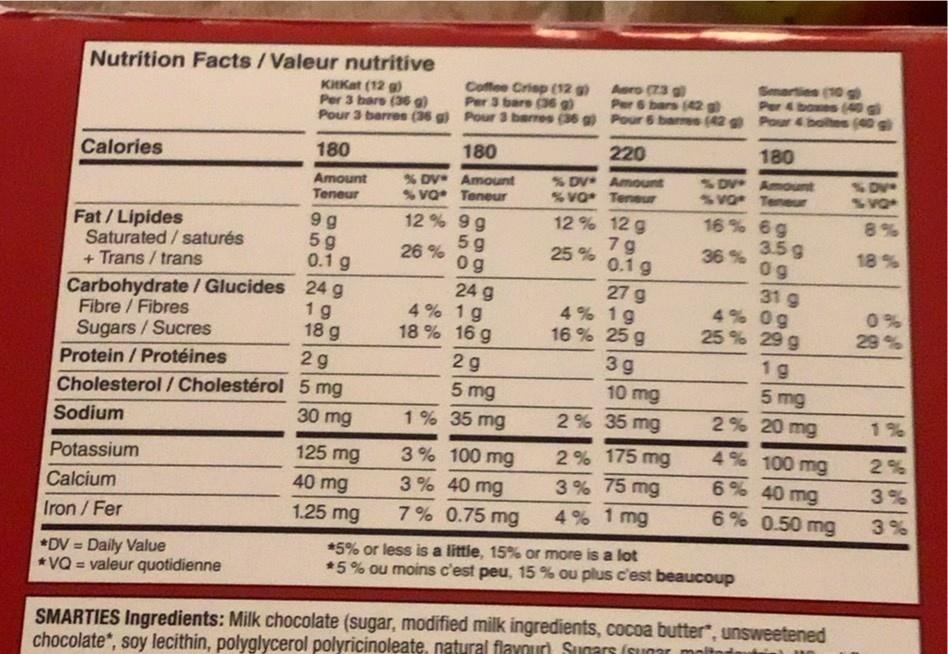
Nutrition Facts/Valeur nutritive
KHKat (12 g) Per 3 bars (36 g) Pour 3 berres (36 g) Pour 3 barres (36 g)Pour 6 barres (42 g Pour 4 baltes (40 g)
Coffee Criep (12 g) Per 3 bare (36 g)
Aero (23 g) Per 6 bars (42 g)
Smarties (10 Per 4boxes (4g)
180
220
180
Calories
180
% DV Amount %VO Teneur
SDV Amount SVO Teneur
SDV SVO
Amount
% DV Amount
Teneur
% va Teneur
16 % 6g 3.5g 36 % 0g
12 % 12 g
8%
Fat / Lipides Saturated/ saturés + Trans / trans
9 g 5 g 0.1 g
12 % 9 g 5g 26 % og
7 g 25 % 0.1 g
18 %
Carbohydrate / Glucides 24 g Fibre / Fibres Sugars / Sucres
24 g 4% 1g 18 % 16 g
27 g 4% 1g 16 % 25 g
31 g 4% 0g 25 % 29 g
1g 18 g
0% 29%
29
2g
3 g
1 g
Protein / Protéines
5 mg 2% 20 mg
10 mg
Cholesterol / Cholestérol 5 mg 30 mg
5 mg 1% 35 mg
2% 35 mg
1%
Sodium
4% 100 mg
2% 175 mg 3% 75 mg 4% 1 mg
125 mg
3% 100 mg
2%
Potassium
40 mg
3% 40 mg
6% 40 mg
3%
Calcium
1.25 mg
7% 0.75 mg
6% 0.50 mg
3%
Iron/Fer
*DV = Daily Value * VQ = valeur quotidienne
*5% or less is a little, 15% or more is a lot *5% ou moins c'est peu, 15 % ou plus c'est beaucoup
%3D
%3D
SMARTIES Ingredients: Milk chocolate (sugar, modified milk ingredients, cocoa butter, unsweetened chocolate*, soy lecithin, polyglycerol polyricinoleate, natural flavour) Sugars (sunar moltoda